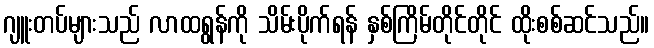
ဂျူးတပ်များသည် လာထရွန်ကို သိမ်းပိုက်ရန် နှစ်ကြိမ်တိုင်တိုင် ထိုးစစ်ဆင်သည်။